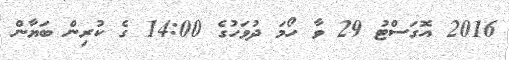
2016 އޮގަސްޓު 29 ވާ ހޯމަ ދުވަހުގެ 14:00 ގެ ކުރިން ބަޔާން